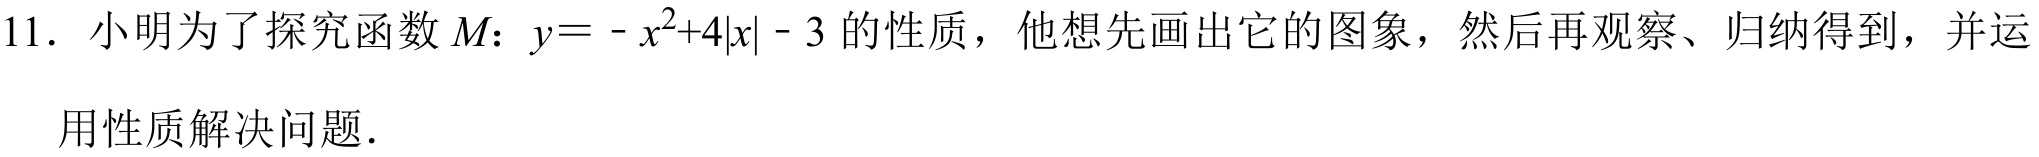
11. 小明为了探究函数 \(M\)：\(y = -x^{2}+4|x| - 3\) 的性质，他想先画出它的图象，然后再观察、归纳得到，并运用性质解决问题．